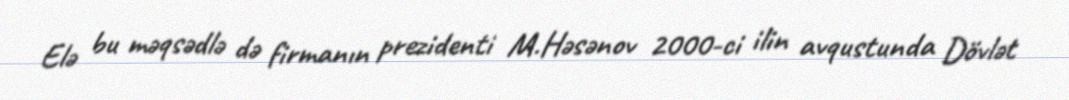
Elə bu məqsədlə də firmanın prezidenti M.Həsənov 2000-ci ilin avqustunda Dövlət